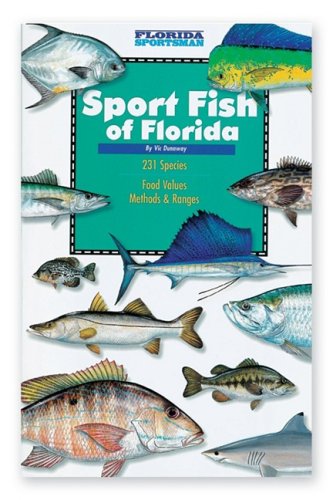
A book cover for Florida Sportsman Sport Fish of Florida Book; Vic Dunaway; Sports & Outdoors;